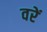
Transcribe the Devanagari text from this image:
वरें